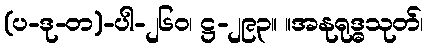
(ပ-ဒု-တ)-ပါ-၂၆၀၊ ဋ္ဌ-၂၉၃။ ။အနုရုဒ္ဓသုတ်၊